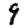
Digit: 9